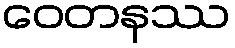
ဝေတနဿ